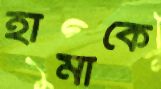
হামাকে